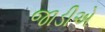
જાડીએ